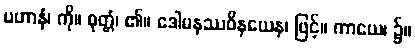
ပဟာနံ၊ ကို။ ဝုတ္တံ၊ ၏။ ဒေါမနဿဝိနယေန၊ ဖြင့်။ ကာယေ၊ ၌။